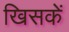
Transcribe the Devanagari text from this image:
खिसकें